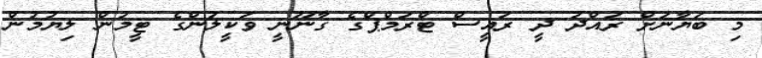
މި ބަޔާނަށް ރައްދު ދީ ރައީސް ޓްރަމްޕްގެ ގާނޫނީ ވަކީލުންގެ ޓީމުން ލިޔުމުން